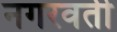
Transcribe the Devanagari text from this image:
नगरवर्ती